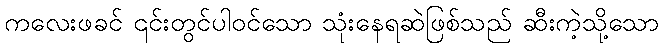
ကလေးဖခင် ၎င်းတွင်ပါဝင်သော သုံးနေရဆဲဖြစ်သည် ဆီးကဲ့သို့သော